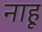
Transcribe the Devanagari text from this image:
नाहू